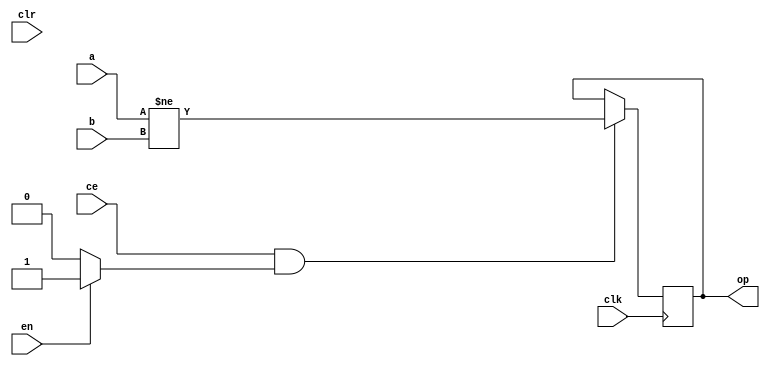
module relational_440eb07a2f (
  input [(3 - 1):0] a,
  input [(6 - 1):0] b,
  input [(1 - 1):0] en,
  output [(1 - 1):0] op,
  input clk,
  input ce,
  input clr);
  wire [(3 - 1):0] a_1_31;
  wire [(6 - 1):0] b_1_34;
  wire en_1_37;
  reg op_mem_32_22[0:(1 - 1)];
  initial
    begin
      op_mem_32_22[0] = 1'b0;
    end
  wire op_mem_32_22_front_din;
  wire op_mem_32_22_back;
  wire op_mem_32_22_push_front_pop_back_en;
  localparam [(1 - 1):0] const_value = 1'b1;
  wire [(6 - 1):0] cast_14_12;
  wire result_14_3_rel;
  reg op_mem_shift_join_34_3;
  reg op_mem_shift_join_34_3_en;
  assign a_1_31 = a;
  assign b_1_34 = b;
  assign en_1_37 = en;
  assign op_mem_32_22_back = op_mem_32_22[0];
  always @(posedge clk)
    begin:proc_op_mem_32_22
      integer i;
      if (((ce == 1'b1) && (op_mem_32_22_push_front_pop_back_en == 1'b1)))
        begin
          op_mem_32_22[0] <= op_mem_32_22_front_din;
        end
    end
  assign cast_14_12 = {3'b000, a_1_31[2:0]};
  assign result_14_3_rel = cast_14_12 != b_1_34;
  always @(en_1_37 or result_14_3_rel)
    begin:proc_if_34_3
      if (en_1_37)
        begin
          op_mem_shift_join_34_3_en = 1'b1;
        end
      else 
        begin
          op_mem_shift_join_34_3_en = 1'b0;
        end
      op_mem_shift_join_34_3 = result_14_3_rel;
    end
  assign op_mem_32_22_front_din = op_mem_shift_join_34_3;
  assign op_mem_32_22_push_front_pop_back_en = op_mem_shift_join_34_3_en;
  assign op = op_mem_32_22_back;
endmodule